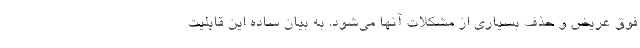
فوق عریض و حذف بسیاری از مشکلات آنها می‌شود. به بیان ساده این قابلیت